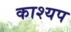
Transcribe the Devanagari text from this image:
काश्‍यप